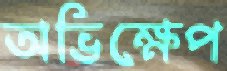
অভিক্ষেপ